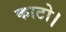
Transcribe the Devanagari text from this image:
काटो।